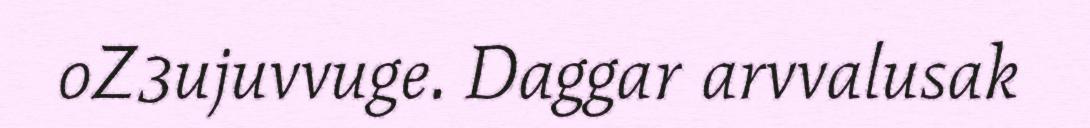
oZ3ujuvvuge. Daggar arvvalusak